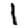
Digit: 1